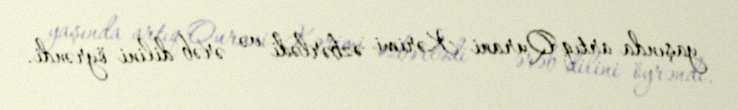
yaşında artıq Qurani Kərimi əzbərlədi və ərəb dilini öyrəndi.